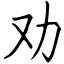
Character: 劝